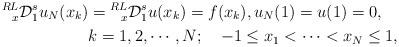
\begin{align*}\prescript{RL}{x}{\mathcal{D}}_{1}^{s} u_N(x_k)&=\prescript{RL}{x}{\mathcal{D}}_{1}^{s}u(x_k)=f(x_k),u_N(1)=u(1)=0, \\&k=1,2,\cdots,N;\quad-1\leq x_1<\cdots<x_N\leq1,\end{align*}